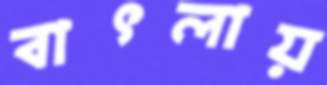
বাৎলায়